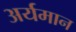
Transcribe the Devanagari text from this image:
अर्यमान